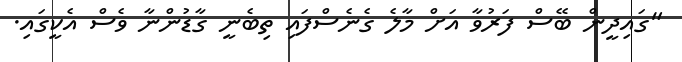
"ގައިދީން ބޭސް ފަރުވާ އަށް މާލެ ގެނެސްފައި ތިބެނީ ގާޑުންނާ ވެސް އެކީގައި.